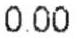
0.00